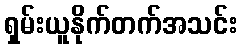
ရှမ်းယူနိုက်တက်အသင်း